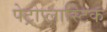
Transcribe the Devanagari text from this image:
पेट्रोप्लास्टिक